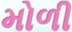
મોળી